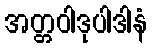
အတ္တဝါဒုပါဒါနံ